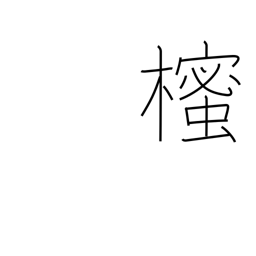
Meaning: Japanese star anise